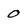
Character: 0